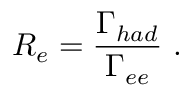
R _ { e } = \frac { \Gamma _ { h a d } } { \Gamma _ { e e } } \ .